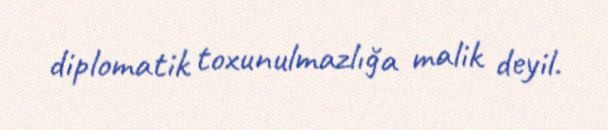
diplomatik toxunulmazlığa malik deyil.